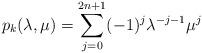
LaTeX: \begin{align*} p_k(\lambda,\mu)=\sum\limits_{j=0}^{2n+1} (-1)^j\lambda^{-j-1}\mu^j\end{align*}